Report of the King Institute of Preventive Medicine, Guindy
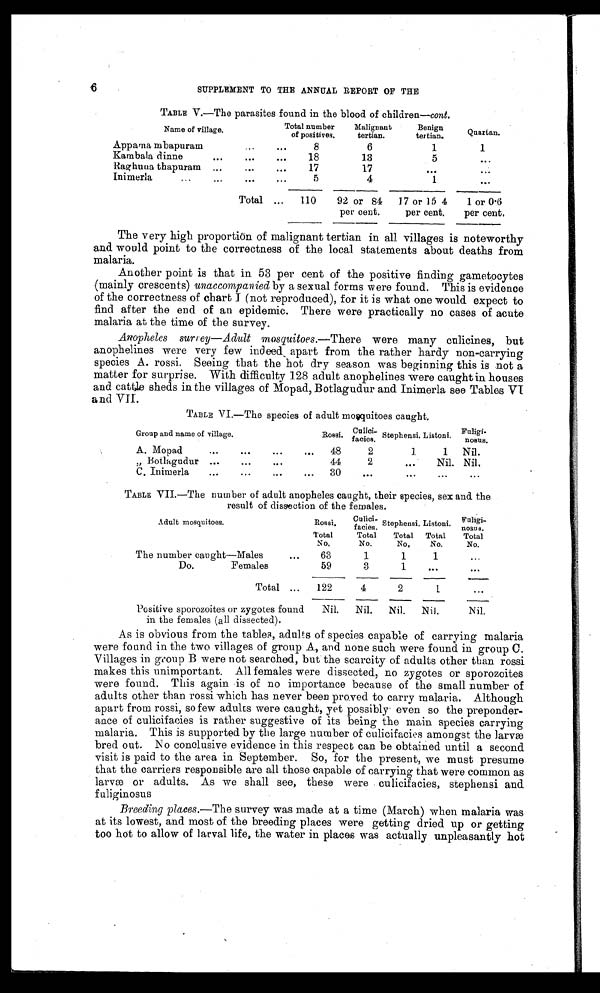
6
SUPPLEMENT TO THE ANNUAL REPORT OF THE
TABLE V.—The parasites found in the blood of children— cont.
Name of village.
Total number
of positives.
Malignant
tertian.
Benign
tertian.
Quartan.
Appamambapuram
8
6
1
1
Kambaladinne
18
13
5
. . .
Raghunathapuram
17
17
. . .
. . .
Inimerla
5
4
1
. . .
Total
110
92 or 84
per cent.
17 or 154
per cent.
1 or 0.6
per cent.
The very high proportion of malignant tertian in all villages is noteworthy
and would point to the correctness of the local statements about deaths from
malaria.
Another point is that in 53 per cent of the positive finding gametocytes
(mainly crescents) unaccompanied by a sexual forms were found. This is evidence
of the correctness of chart I (not reproduced), for it is what one would expect to
find after the end of an epidemic. There were practically no cases of acute
malaria at the time of the survey.
Anopheles surrey—Adult mosquitoes.— There were many culicines, but
anophelines were very few indeed apart from the rather hardy non-carrying
species A. rossi. Seeing that the hot dry season was beginning this is not a
matter for surprise. With difficulty 128 adult anophelines were caught in houses
and cattle sheds in the villages of Mopad, Botlagudur and Inimerla see Tables VI
and VII.
TABLE VI.—The species of adult mosquitoes caught.
Group and name of village.
Rossi.
Culici–
facies.
Stephensi. Listoni.
Fuligi–
nosus.
A. Mopad
48
2
1
1
Nil.
” Botlagudur
44
2
...
Nil. Nil.
C. Inimerla
30
...
...
. . .
...
TABLE VII.—The number of adult anopheles caught, their species, sex and the
result of dissection of the females.
A d u l t m o s q u i t o e s .
Rossi.
Culici–
facies. Stephensi. Listoni.
Fuligi–
nosus.
Total
N o .
Total
No.
Total
No.
Total
N o .
Total
N o .
The number caught—Males
63
1
1
1
. . .
Do.
Females
59
3
1
. . .
. . .
Total
122
4
2
1
. . .
Positive sporozoites or zygotes found
in the females (all dissected).
Nil.
Nil.
Nil.
Nil.
Nil.
As is obvious from the tables, adults of species capable of carrying malaria
were found in the two villages of group A, and none such were found in group C.
Villages in group B were not searched, but the scarcity of adults other than rossi
makes this unimportant. All females were dissected, no zygotes or sporozoites
were found. This again is of no importance because of the small number of
adults other than rossi which has never been proved to carry malaria. Although
apart from rossi, so few adults were caught, yet possibly even so the preponder
–ance of culicifacies is rather suggestive of its being the main species carrying
malaria. This is supported by the large number of culicifacies amongst the larvæ
bred out. No conclusive evidence in this respect can be obtained until a second
visit is paid to the area in September. So, for the present, we must presume
that the carriers responsible are all those capable of carrying that were common as
larvæ or adults. As we shall see, these were culicifacies, stephensi and
fuliginosus
Breeding places.—The survey was made at a time (March) when malaria was
at its lowest, and most of the breeding places were getting dried up or getting
too hot to allow of larval life, the water in places was actually unpleasantly hot